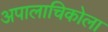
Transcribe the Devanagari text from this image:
अपालाचिकोला